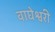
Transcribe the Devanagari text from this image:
वाघेश्वरी